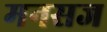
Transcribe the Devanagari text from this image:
मनसज